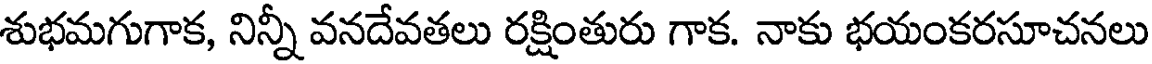
శుభమగుగాక, నిన్నీ వనదేవతలు రక్షింతురు గాక. నాకు భయంకరసూచనలు